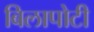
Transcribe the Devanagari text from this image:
बिलापोटी